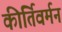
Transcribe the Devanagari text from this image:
कीर्तिवर्मन